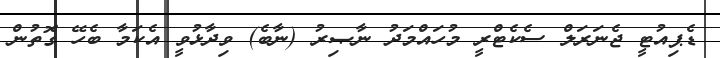
ޑެޕިއުޓީ ޖެނަރަލް ސެކެޓްރީ މުހައްމަދު ނާޞިރު (ނާބެ) ވިދާޅުވީ އެކަމާ ބެހޭ ގޮތުން